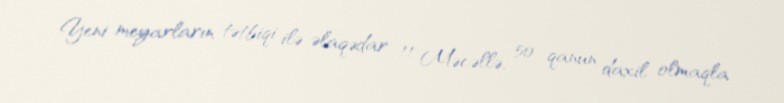
Yeni meyarların tətbiqi ilə əlaqədar 11 Məcəllə, 50 qanun daxil olmaqla